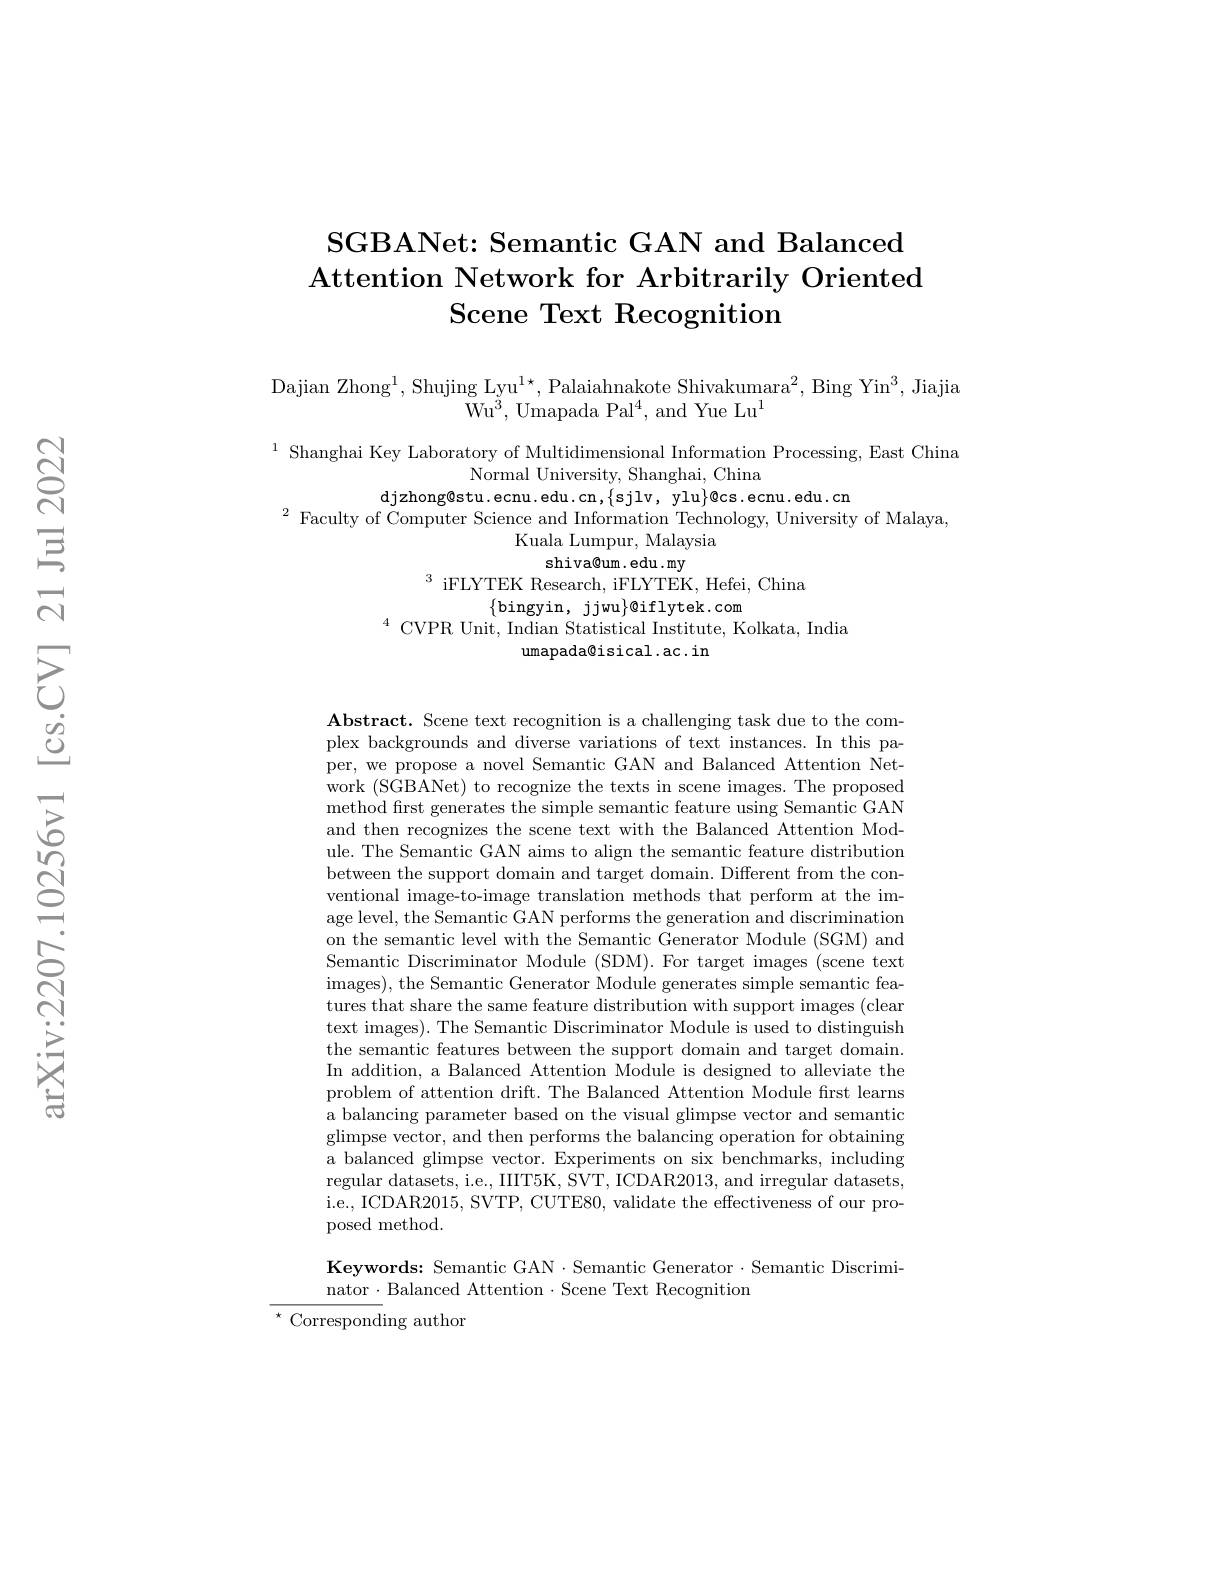
# SGBANet: Semantic GAN and Balanced Attention Network for Arbitrarily Oriented Scene Text Recognition

Dajian Zhong$^1,\text{Shujing Lyu}^{1\star}$,Palaiahnakote Shivakumara$^2$,Bing Yin$^3$,Jiajia
W$u^{3}$, Umapada Pa$l^{4}$, and Yue L$u^{1}$

$^{1}$ Shanghai Key Laboratory of Multidimensional Information Processing, East China
Normal University, Shanghai, China
djzhong@ stu. ecnu. edu. cn, $\{$sjlv, ylu$\}$@ cs. ecnu. edu. cn
$^{2}$Faculty of Computer Science and Information Technology, University of Malaya,
Kuala Lumpur, Malaysia
shiva@um. edu . my
$^3$ iFLYTEK Research, iFLYTEK, Hefei, China
$\{$bingyin, jjwu$\}$@iflytek.com
$^{4}$CVPR Unit, Indian Statistical Institute, Kolkata, India
umapada@isical.ac.in

$\textbf{Abstract. Scene text recognition is a challenging task due to the com- }$ plex backgrounds and diverse variations of text instances. In this paper, we propose a novel Semantic GAN and Balanced Attention $\hat{\text{Net-}}$ work (SGBANet) to recognize the texts in scene images. The proposed method first generates the simple semantic feature using Semantic GAN and then recognizes the scene text with the Balanced Attention Module. The Semantic GAN aims to align the semantic feature distribution between the support domain and target domain. Different from the conventional image-to-image translation methods that perform at the image level, the Semantic GAN performs the generation and discrimination on the semantic level with the Semantic Generator Module (SGM) and Semantic Discriminator Module (SDM). For target images (scene text images), the Semantic Generator Module generates simple semantic features that share the same feature distribution with support images (clear text images). The Semantic Discriminator Module is used to distinguish the semantic features between the support domain and target domain. In addition, a Balanced Attention Module is designed to alleviate the problem of attention drift. The Balanced Attention Module frst learns a balancing parameter based on the visual glimpse vector and semantio glimpse vector, and then performs the balancing operation for obtaining a balanced glimpse vector. Experiments on six benchmarks, including regular datasets, i.e., IIIT5K, SVT, ICDAR2013, and irregular datasets, i.e., ICDAR2015, SVTP, CUTE80, validate the effectiveness of our proposed method.

Keywords: Semantic GAN·Semantic Generator·Semantic Discrimi-
nator $\cdot$ Balanced Attention $\cdot$ Scene Text Recognition
$^{\star}$ Corresponding author